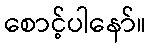
စောင့်ပါနော်။